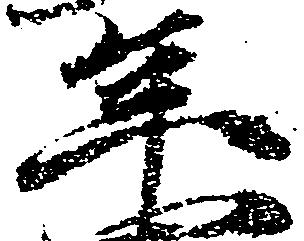
年